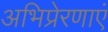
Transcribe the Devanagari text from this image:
अभिप्रेरणाएं